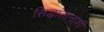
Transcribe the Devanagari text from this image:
सिद्धांतानाशी